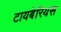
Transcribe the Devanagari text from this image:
टायबेरियस